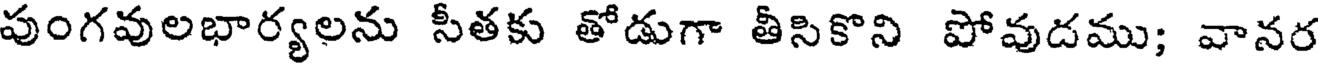
పుంగవులభార్యలను సీతకు తోడుగా తీసికొని పోవుడము; వానర